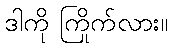
ဒါကို ကြိုက်လား။